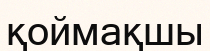
қоймақшы